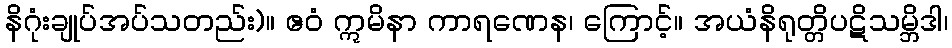
နိဂုံးချုပ်အပ်သတည်း)။ ဧဝံ ဣမိနာ ကာရဏေန၊ ကြောင့်။ အယံနိရုတ္တိပဋိသမ္ဘိဒါ၊